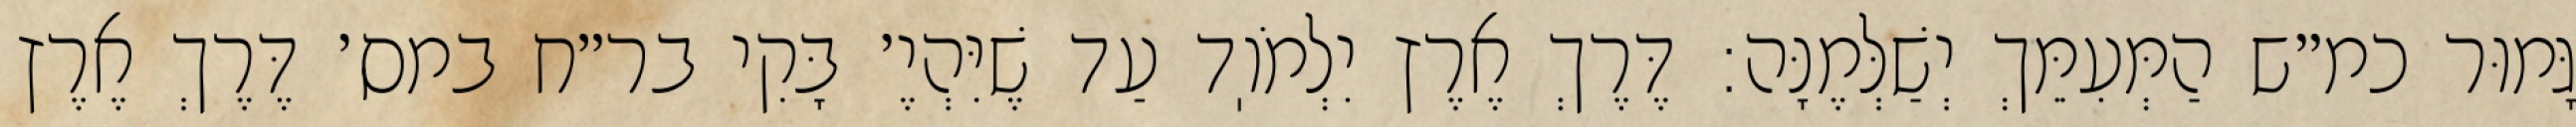
גָּמוּר כמ״ש הַמְּעִמֵּךְ יְשַׁלְּמֶנָּה: דֶּרֶךְ אֶרֶץ יִלְמֹוֽד עַד שֶׁיִּהְיֶ׳ בָּקִי בר״ח במס׳ דֶּרֶךְ אֶרֶץ